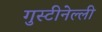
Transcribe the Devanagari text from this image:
गुस्टीनेल्ली